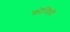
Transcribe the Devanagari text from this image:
फ्रोजिदो